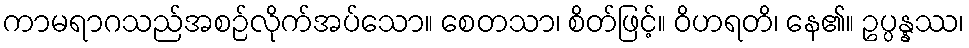
ကာမရာဂသည်အစဉ်လိုက်အပ်သော။ စေတသာ၊ စိတ်ဖြင့်။ ဝိဟရတိ၊ နေ၏။ ဥပ္ပန္နဿ၊